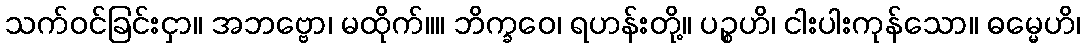
သက်ဝင်ခြင်းငှာ။ အဘဗ္ဗော၊ မထိုက်။။ ဘိက္ခဝေ၊ ရဟန်းတို့။ ပဉ္စဟိ၊ ငါးပါးကုန်သော။ ဓမ္မေဟိ၊